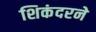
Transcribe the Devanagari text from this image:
शिकंदरने